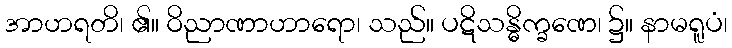
အာဟရတိ၊ ၏။ ဝိညာဏာဟာရော၊ သည်။ ပဋိသန္ဓိက္ခဏေ၊ ၌။ နာမရူပံ၊